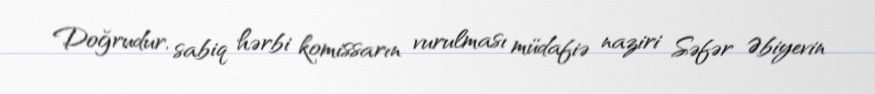
Doğrudur, sabiq hərbi komissarın vurulması müdafiə naziri Səfər Əbiyevin